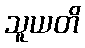
သူယတိ